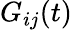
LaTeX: G_{ij}(t)